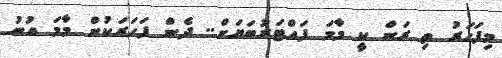
މިފަހަރު ތި ރަން ކީ މާމަ ފައްޓަރުބަޔަށް.. ދެން ފަހަރަކުން މާމަ އުނު